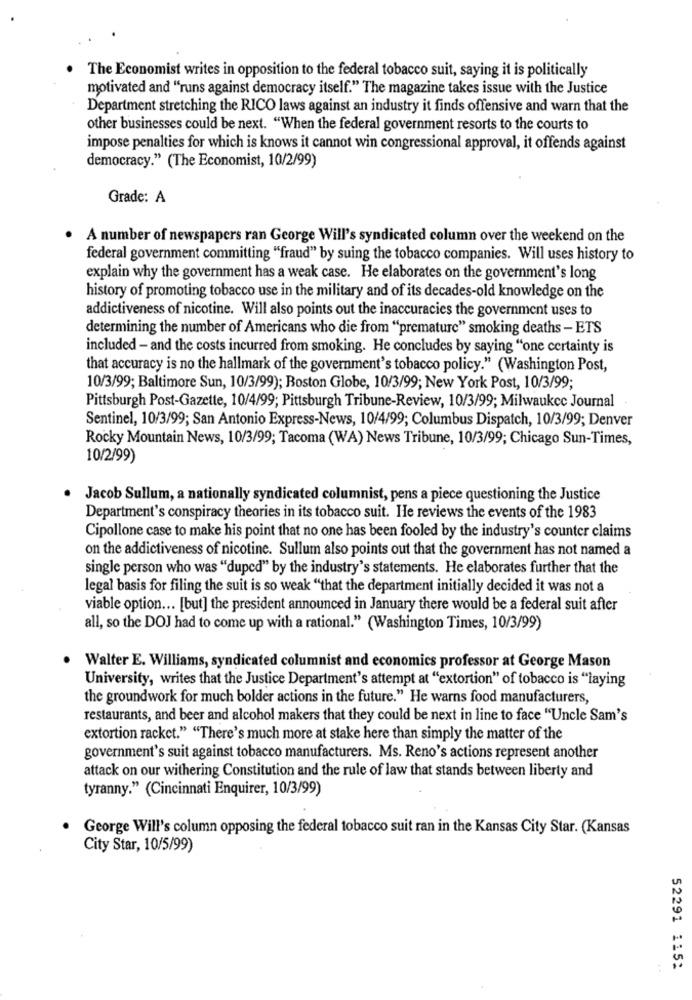
The Economist writes in opposition to the federal tobacco suit, saying it is politically
motivated and ""runs against democracy itself." The magazine takes issue with the Justice
Department stretching the RICO laws against an industry it finds offensive and warn that the
other businesses could be next. "When the federal government resorts to the courts to
impose penalties for which is knows it cannot win congressional approval, it offends against
democracy." (The Economist, 10/2/99)
Grade: A
A number of newspapers ran George Will's syndicated column over the weekend on the
federal government committing "fraud" by suing the tobacco companies. Will uses history to
explain why the government has a weak case. He elaborates on the government's long
history of promoting tobacco use in the military and of its decades-old knowledge on the
addictiveness of nicotine. Will also points out the inaccuracies the government uses to
determining the number of Americans who die from "premature" smoking deaths - ETS
included - and the costs incurred from smoking. He concludes by saying "one certainty is
that accuracy is no the hallmark of the government's tobacco policy." (Washington Post,
10/3/99; Baltimore Sun, 10/3/99); Boston Globe, 10/3/99; New York Post, 10/3/99;
Pittsburgh Post-Gazette, 10/4/99; Pittsburgh Tribune-Review, 10/3/99; Milwaukee Journal
Sentinel, 10/3/99; San Antonio Express-News, 10/4/99; Columbus Dispatch, 10/3/99; Denver
Rocky Mountain News, 10/3/99; Tacoma (WA) News Tribune, 10/3/99; Chicago Sun-Times,
10/2/99)
Jacob Sullum, a nationally syndicated columnist, pens a piece questioning the Justice
Department's conspiracy theories in its tobacco suit. He reviews the events of the 1983
Cipollone case to make his point that no one has been fooled by the industry's counter claims
on the addictiveness of nicotine. Sullum also points out that the government has not named a
single person who was "duped" by the industry's statements. He elaborates further that the
legal basis for filing the suit is so weak "that the department initially decided it was not a
viable option ... [but] the president announced in January there would be a federal suit after
all, so the DOJ had to come up with a rational." (Washington Times, 10/3/99)
Walter E. Williams, syndicated columnist and economics professor at George Mason
University, writes that the Justice Department's attempt at "extortion" of tobacco is "laying
the groundwork for much bolder actions in the future." He warns food manufacturers,
restaurants, and beer and alcohol makers that they could be next in line to face "Uncle Sam's
extortion racket." "There's much more at stake here than simply the matter of the
government's suit against tobacco manufacturers. Ms. Reno's actions represent another
attack on our withering Constitution and the rule of law that stands between liberty and
tyranny." (Cincinnati Enquirer, 10/3/99)
George Will's column opposing the federal tobacco suit ran in the Kansas City Star. (Kansas
City Star, 10/5/99)
52291 115: